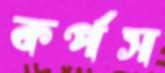
কর্পস